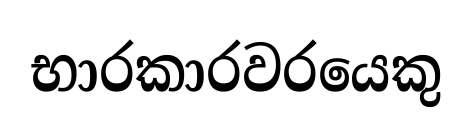
භාරකාරවරයෙකු